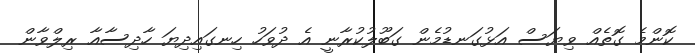
ކޮންމެ ގޮތެއް ވިޔަސް އަޅުގަނޑުމެން ގަބޫލުކުރާނީ އެ ދުވަހު ހިނގައިދިޔަ ހާދިސާއާ ރިލްވާން